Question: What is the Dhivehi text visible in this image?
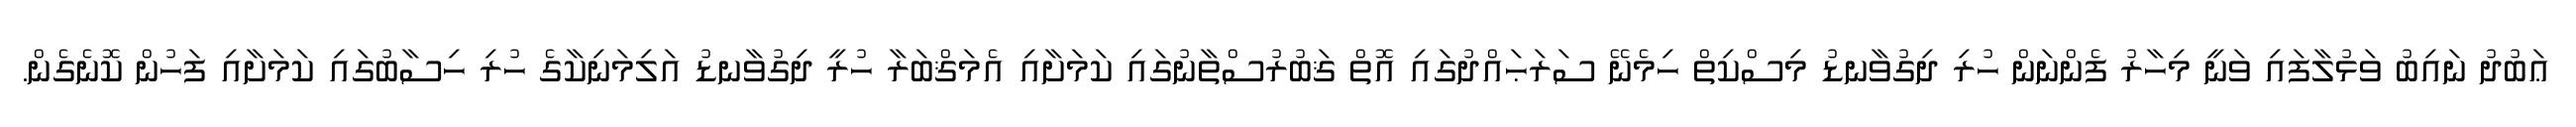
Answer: ޢަބުދު ނައިބު ވަޅުލާފައި ވަނީ މިހާރު ފެންނަން ހުރި ދިގުވާނޑު މިސްކިތް ހިމެނޭ ސަރަޙައްދުގައި އޮތް ޤަބުރުސްތާނުގައި ކަމަށާއި އެމަޤްބަރާ ހުރީ ދިގުވާނޑު އަލިމަނިކާގެ ހުރި ހިސާބުގައި ކަމަށާއި ފަހުން ކޮނެގެން.